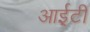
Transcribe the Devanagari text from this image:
आई़़टी